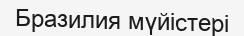
Бразилия мүйістері